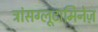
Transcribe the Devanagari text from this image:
ट्रांसग्लूटामिनेज़